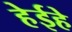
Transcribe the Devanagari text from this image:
हेईहे